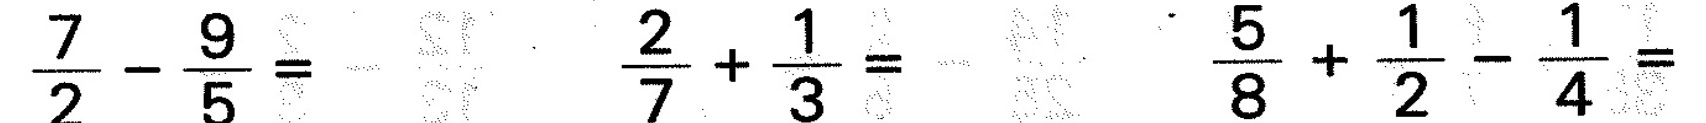
$$\frac { 7 } { 2 } - \frac { 9 } { 5 } =$$ $$\frac { 2 } { 7 } + \frac { 1 } { 3 } =$$ $$\frac { 5 } { 8 } + \frac { 1 } { 2 } - \frac { 1 } { 4 } =$$